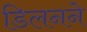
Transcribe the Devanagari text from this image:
डिलनने